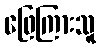
ဖြေကြားသူ